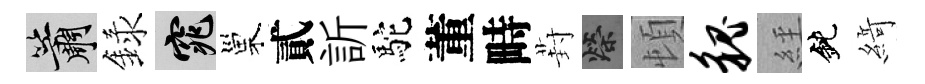
簫録窕巢貳訢駝董畤葑榮頓貌𦀇鈍𦂶